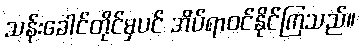
သန်းခေါင်တိုင်မှပင် အိပ်ရာဝင်နိုင်ကြသည်။